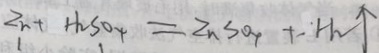
Z n + H _ { 2 } S O _ { 4 } = Z n S O _ { 4 } + - ^ { \cdot } H _ { 2 } \uparrow